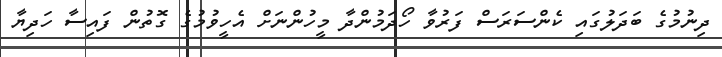
ދިނުމުގެ ބަދަލުގައި ކެންސަރަސް ފަރުވާ ހޯދަމުންދާ މީހުންނަށް އެހީވުމުގެ ގޮތުން ފައިސާ ހަދިޔާ